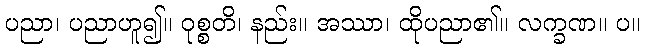
ပညာ၊ ပညာဟူ၍။ ဝုစ္စတိ၊ နည်း။ အဿာ၊ ထိုပညာ၏။ လက္ခဏ။ ပ။